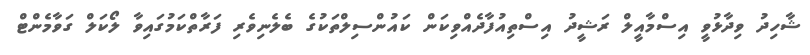
ޝާހިދު ވިދާޅުވީ އިސްމާއީލް ރަޝީދު އިސްތިއުފާދެއްވިކަން ކައުންސިލްތަކުގެ ބެލެނިވެރި ފަރާތްކަމުގައިވާ ލޯކަލް ގަވާމެންޓް